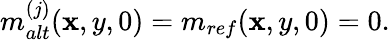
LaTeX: m_{alt}^{(j)}(\mathbf{x},y,0)=m_{ref}(\mathbf{x},y,0)=0.